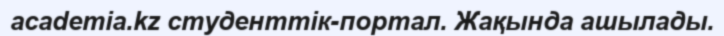
academia.kz студенттік-портал. Жақында ашылады.